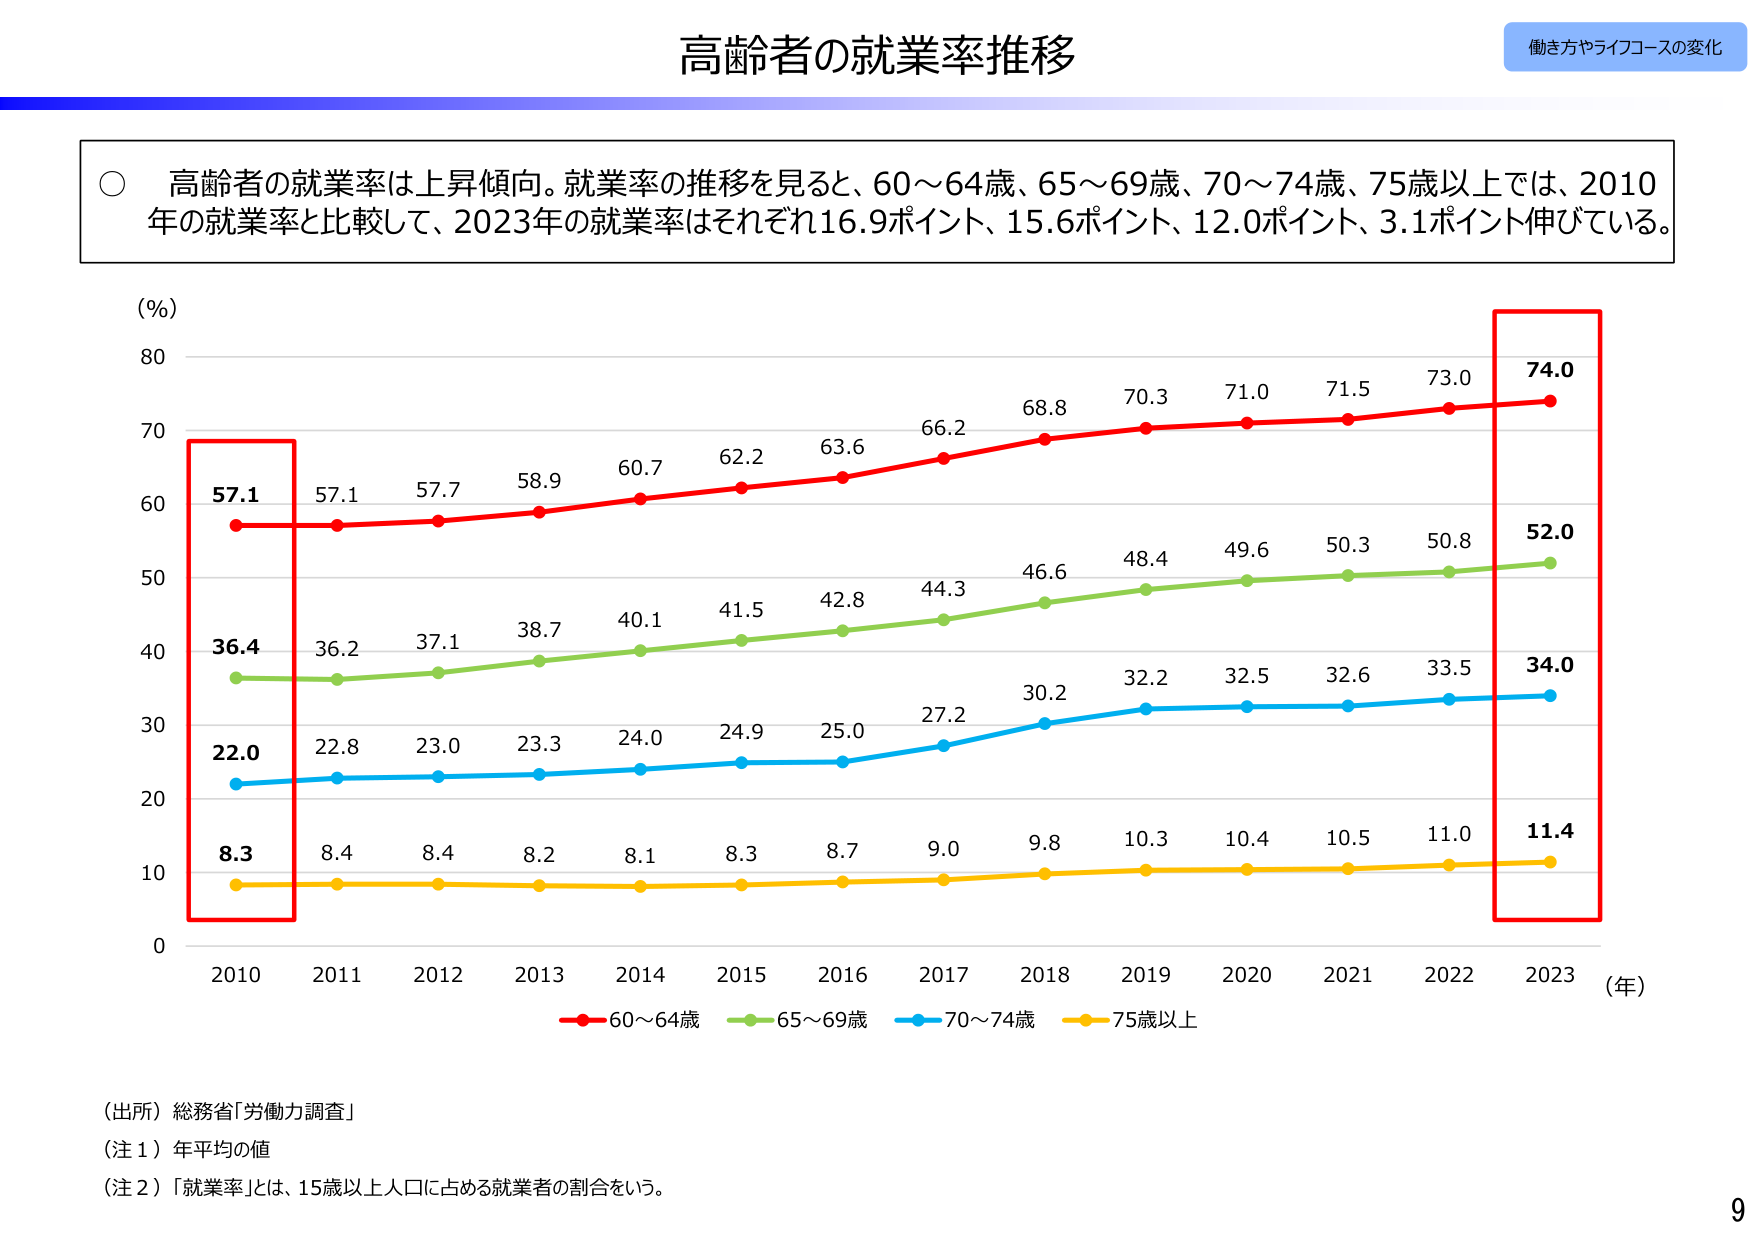
高齢者の就業率推移

働き方やライフコースの変化

○ 高齢者の就業率は上昇傾向。就業率の推移を見ると、60～64歳、65～69歳、70～74歳、75歳以上では、2010年の就業率と比較して、2023年の就業率はそれぞれ16.9ポイント、15.6ポイント、12.0ポイント、3.1ポイント伸びている。

(%)
80
70
60
50
40
30
20
10
0

57.1
57.1
57.7
58.9
60.7
62.2
63.6
66.2
68.8
70.3
71.0
71.5
73.0
74.0

36.4
36.2
37.1
38.7
40.1
41.5
42.8
44.3
46.6
48.4
49.6
50.3
50.8
52.0

22.0
22.8
23.0
23.3
24.0
24.9
25.0
27.2
30.2
32.2
32.5
32.6
33.5
34.0

8.3
8.4
8.4
8.2
8.1
8.3
8.7
9.0
9.8
10.3
10.4
10.5
11.0
11.4

2010  2011  2012  2013  2014  2015  2016  2017  2018  2019  2020  2021  2022  2023  (年)

赤線：60～64歳
緑線：65～69歳
青線：70～74歳
黄線：75歳以上

（出所）総務省「労働力調査」
（注１）年平均の値
（注２）「就業率」とは、15歳以上人口に占める就業者の割合をいう。

9